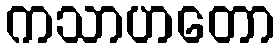
ကသာဟတော